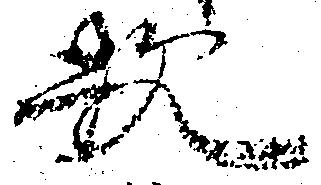
歟